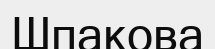
Шпакова